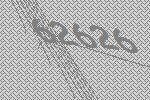
62626